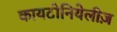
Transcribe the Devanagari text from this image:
कायटोनियेलीज़